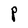
Character: P